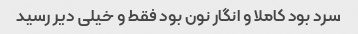
سرد بود کاملا و انگار نون بود فقط و خیلی دیر رسید